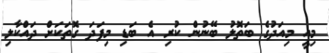
މިއީ މިއަދުގެ ބަތޮލު ބޭނުން ކުރި އެ ބަޑި މިފަދަ ގޮތަކަށް ދައްކާލި